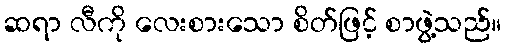
ဆရာ လီကို လေးစားသော စိတ်ဖြင့် စာဖွဲ့သည်။